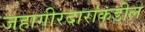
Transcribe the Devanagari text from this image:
जहागीरदारांकडील